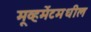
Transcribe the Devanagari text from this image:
मूव्हमेंटमधील